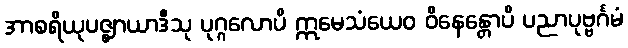
အာစရိယုပဇ္ဈာယာဒီသု ပုဂ္ဂလောပိ ဣမေသံယေဝ ဝိနေန္တောပိ ပညာပုဗ္ဗင်္ဂမံ